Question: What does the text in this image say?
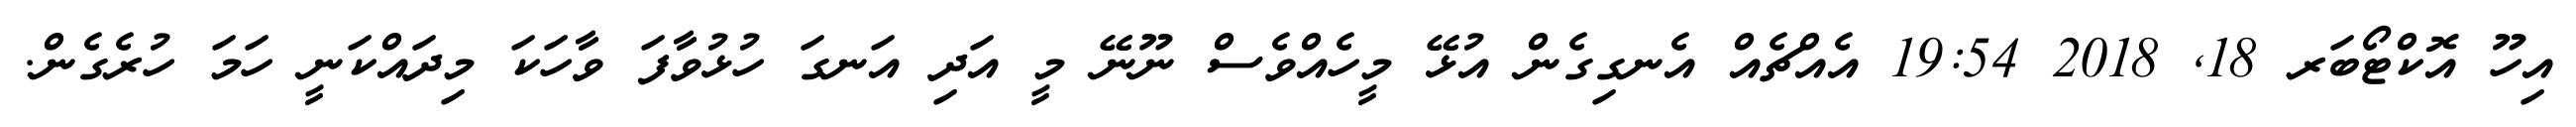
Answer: އިހޫ އޮކްޓޯބަރ 18, 2018 19:54 އެއްޗެއް އެނގިގެން އުޅޭ މީހެއްވެސް ނޫނޭ މީ އަދި އަނގަ ހުޅުވާފަ ވާހަކަ މިދައްކަނީ ހަމަ ހުރެގެން.